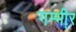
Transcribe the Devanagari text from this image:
गम्भी्र